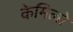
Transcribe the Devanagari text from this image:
केमिलो